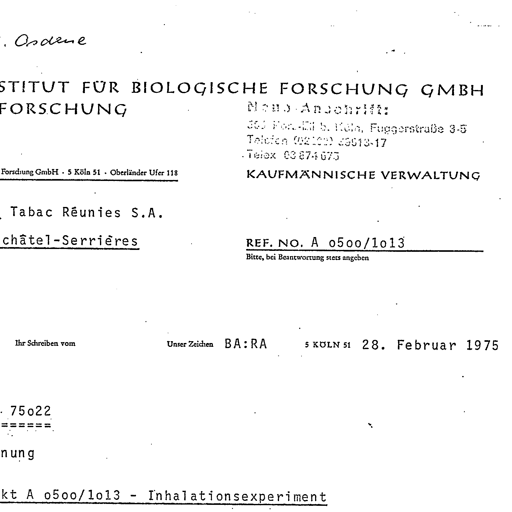
Ordene

INSTITUT FÜR BIOLOGISCHE FORSCHUNG GMBH
FORSCHUNG
Neue Anschrift:
503 Port-Elz b. Köln, Fuggerstraße 3-5
Telefon (02203) 45013-17
Telex 08 874 675

Forschung GmbH . 5 Köln 51 . Oberländer Ufer 118
KAUFMÄNNISCHE VERWALTUNG

Tabac Réunies S.A.
châtel-Serrières
REF. NO. A o5oo/1o13
Bitte, bei Beantwortung stets angeben

Ihr Schreiben vom Unser Zeichen BA:RA 5 KÖLN 51 28. Februar 1975

75o22
======
nung
kt A o5oo/1o13 - Inhalationsexperiment